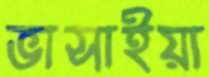
ভাসাইয়া